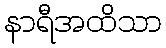
နာရီအထိသာ